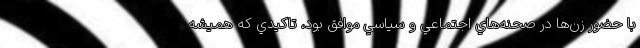
با حضور زن‌ها در صحنه‌هاي اجتماعي و سياسي موافق بود، تاکيدي که هميشه